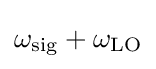
\omega _{\mathrm {sig} }+\omega _{\mathrm {LO} }